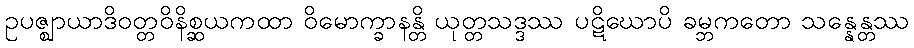
ဥပဇ္ဈာယာဒိဝတ္တဝိနိစ္ဆယကထာ ဝိမောက္ခာနန္တိ ယုတ္တသဒ္ဒဿ ပဋိဃောပိ ခမ္ဘကတော သန္နေန္တဿ